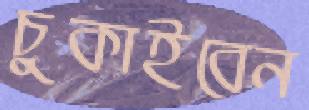
চুকাইবেন